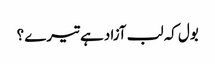
بول کہ لب آزاد ہے تیرے ؟